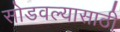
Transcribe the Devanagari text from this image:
सोडवल्यासाठी